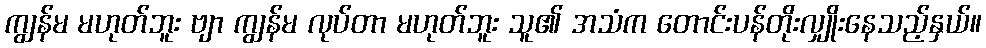
ကျွန်မ မဟုတ်ဘူး ဗျာ ကျွန်မ လုပ်တာ မဟုတ်ဘူး သူ၏ အသံက တောင်းပန်တိုးလျှိုးနေသည့်နှယ်။